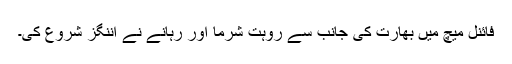
فائنل میچ میں بھارت کی جانب سے روہت شرما اور رہانے نے اننگز شروع کی۔